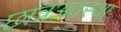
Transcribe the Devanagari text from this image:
छात्रअवस्था